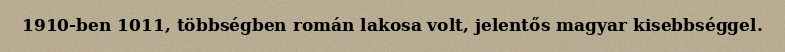
1910-ben 1011, többségben román lakosa volt, jelentős magyar kisebbséggel.